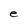
Character: e